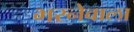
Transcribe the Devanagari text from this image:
भरनेवाला